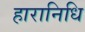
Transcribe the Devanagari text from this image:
हारानिधि